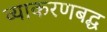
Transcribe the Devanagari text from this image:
व्याकरणबद्ध